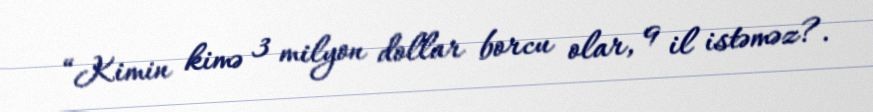
“Kimin kimə 3 milyon dollar borcu olar, 9 il istəməz?.